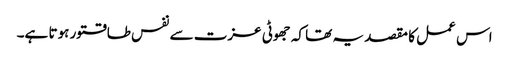
اس عمل کا مقصد یہ تھا کہ جھوٹی عزت سے نفس طاقتور ہوتا ہے۔